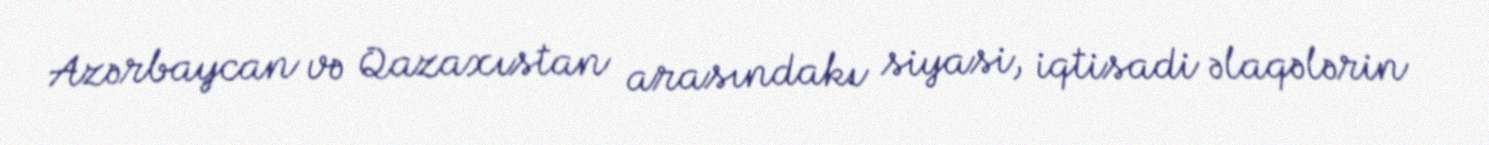
Azərbaycan və Qazaxıstan arasındakı siyasi, iqtisadi əlaqələrin